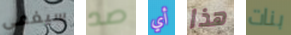
سيغمى صد أي هذا بنات